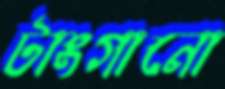
টাংগানো